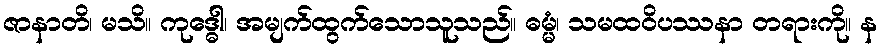
ဇာနာတိ၊ မသိ။ ကုဒ္ဓေါ၊ အမျက်ထွက်သောသူသည်။ ဓမ္မံ၊ သမထဝိပဿနာ တရားကို။ န